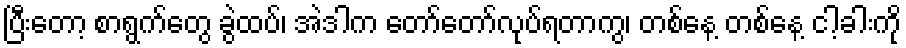
ပြီးတော့ စာရွက်တွေ ခွဲထပ်၊ အဲဒါက တော်တော်လုပ်ရတာကွ၊ တစ်နေ့ တစ်နေ့ ငါ့ခါးကို